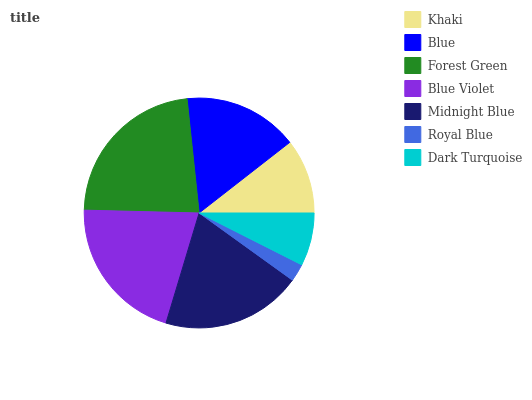
| Khaki | Blue | Forest Green | Blue Violet | Midnight Blue | Royal Blue | Dark Turquoise |
 | --- | --- | --- | --- | --- | --- | --- |
 | 10.5% | 16.1% | 22.9% | 20.7% | 19.8% | 2.49% | 7.46% |